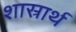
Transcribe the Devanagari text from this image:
शास्रार्थ